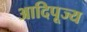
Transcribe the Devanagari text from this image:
आदिपूज्य